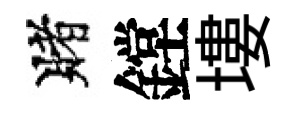
賭鏜塿